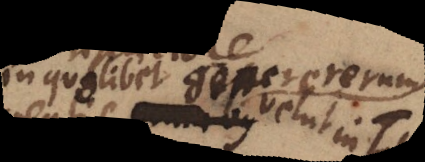
in quolibet genere rerum